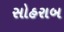
સોહરાબ